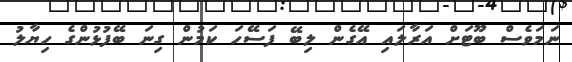
ނަމަވެސް ބޫޓަށް އަރާލައި އޭގެން ލިބޭ ފަސޭހަ ކަމުން ގިނަ ބޭފުޅުންގެ ހިޔާލު